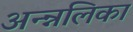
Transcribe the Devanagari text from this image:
अन्न्नलिका